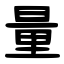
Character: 量